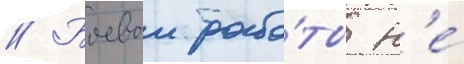
// Боевои рабо́ты н'е́